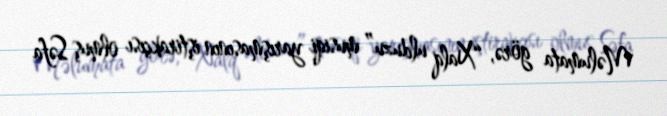
Məlumata görə, “Xalq ulduzu” musiqi yarışmasının iştirakçısı olmuş Səfa